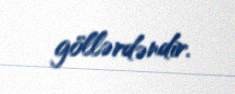
göllərdəndir.